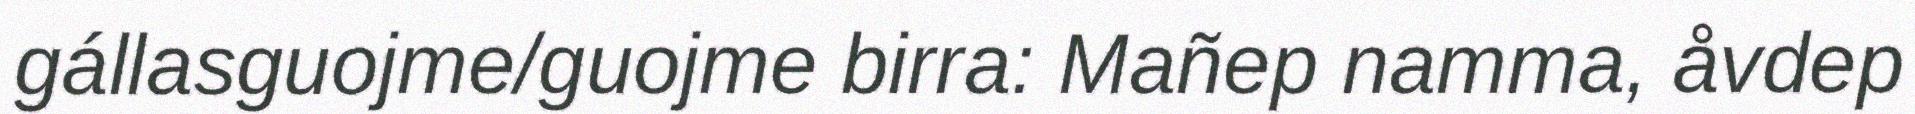
gállasguojme/guojme birra: Mañep namma, åvdep